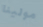
مولينا